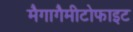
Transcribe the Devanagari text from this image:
मैगागैमीटोफाइट